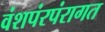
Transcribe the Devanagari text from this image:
वंशपंरपंरागत